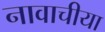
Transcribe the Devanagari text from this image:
नावाचीया